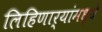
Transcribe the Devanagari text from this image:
लिहिणार्‍यांमध्ये